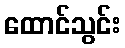
ထောင်သွင်း